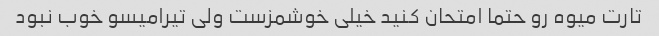
تارت میوه رو حتما امتحان کنید خیلی خوشمزست ولی تیرامیسو خوب نبود